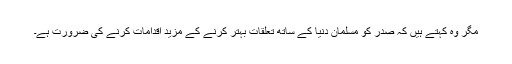
مگر وہ کہتے ہیں کہ صدر کو مسلمان دنیا کے ساتھ تعلقات بہتر کرنے کے مزید اقدامات کرنے کی ضرورت ہے۔